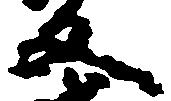
文